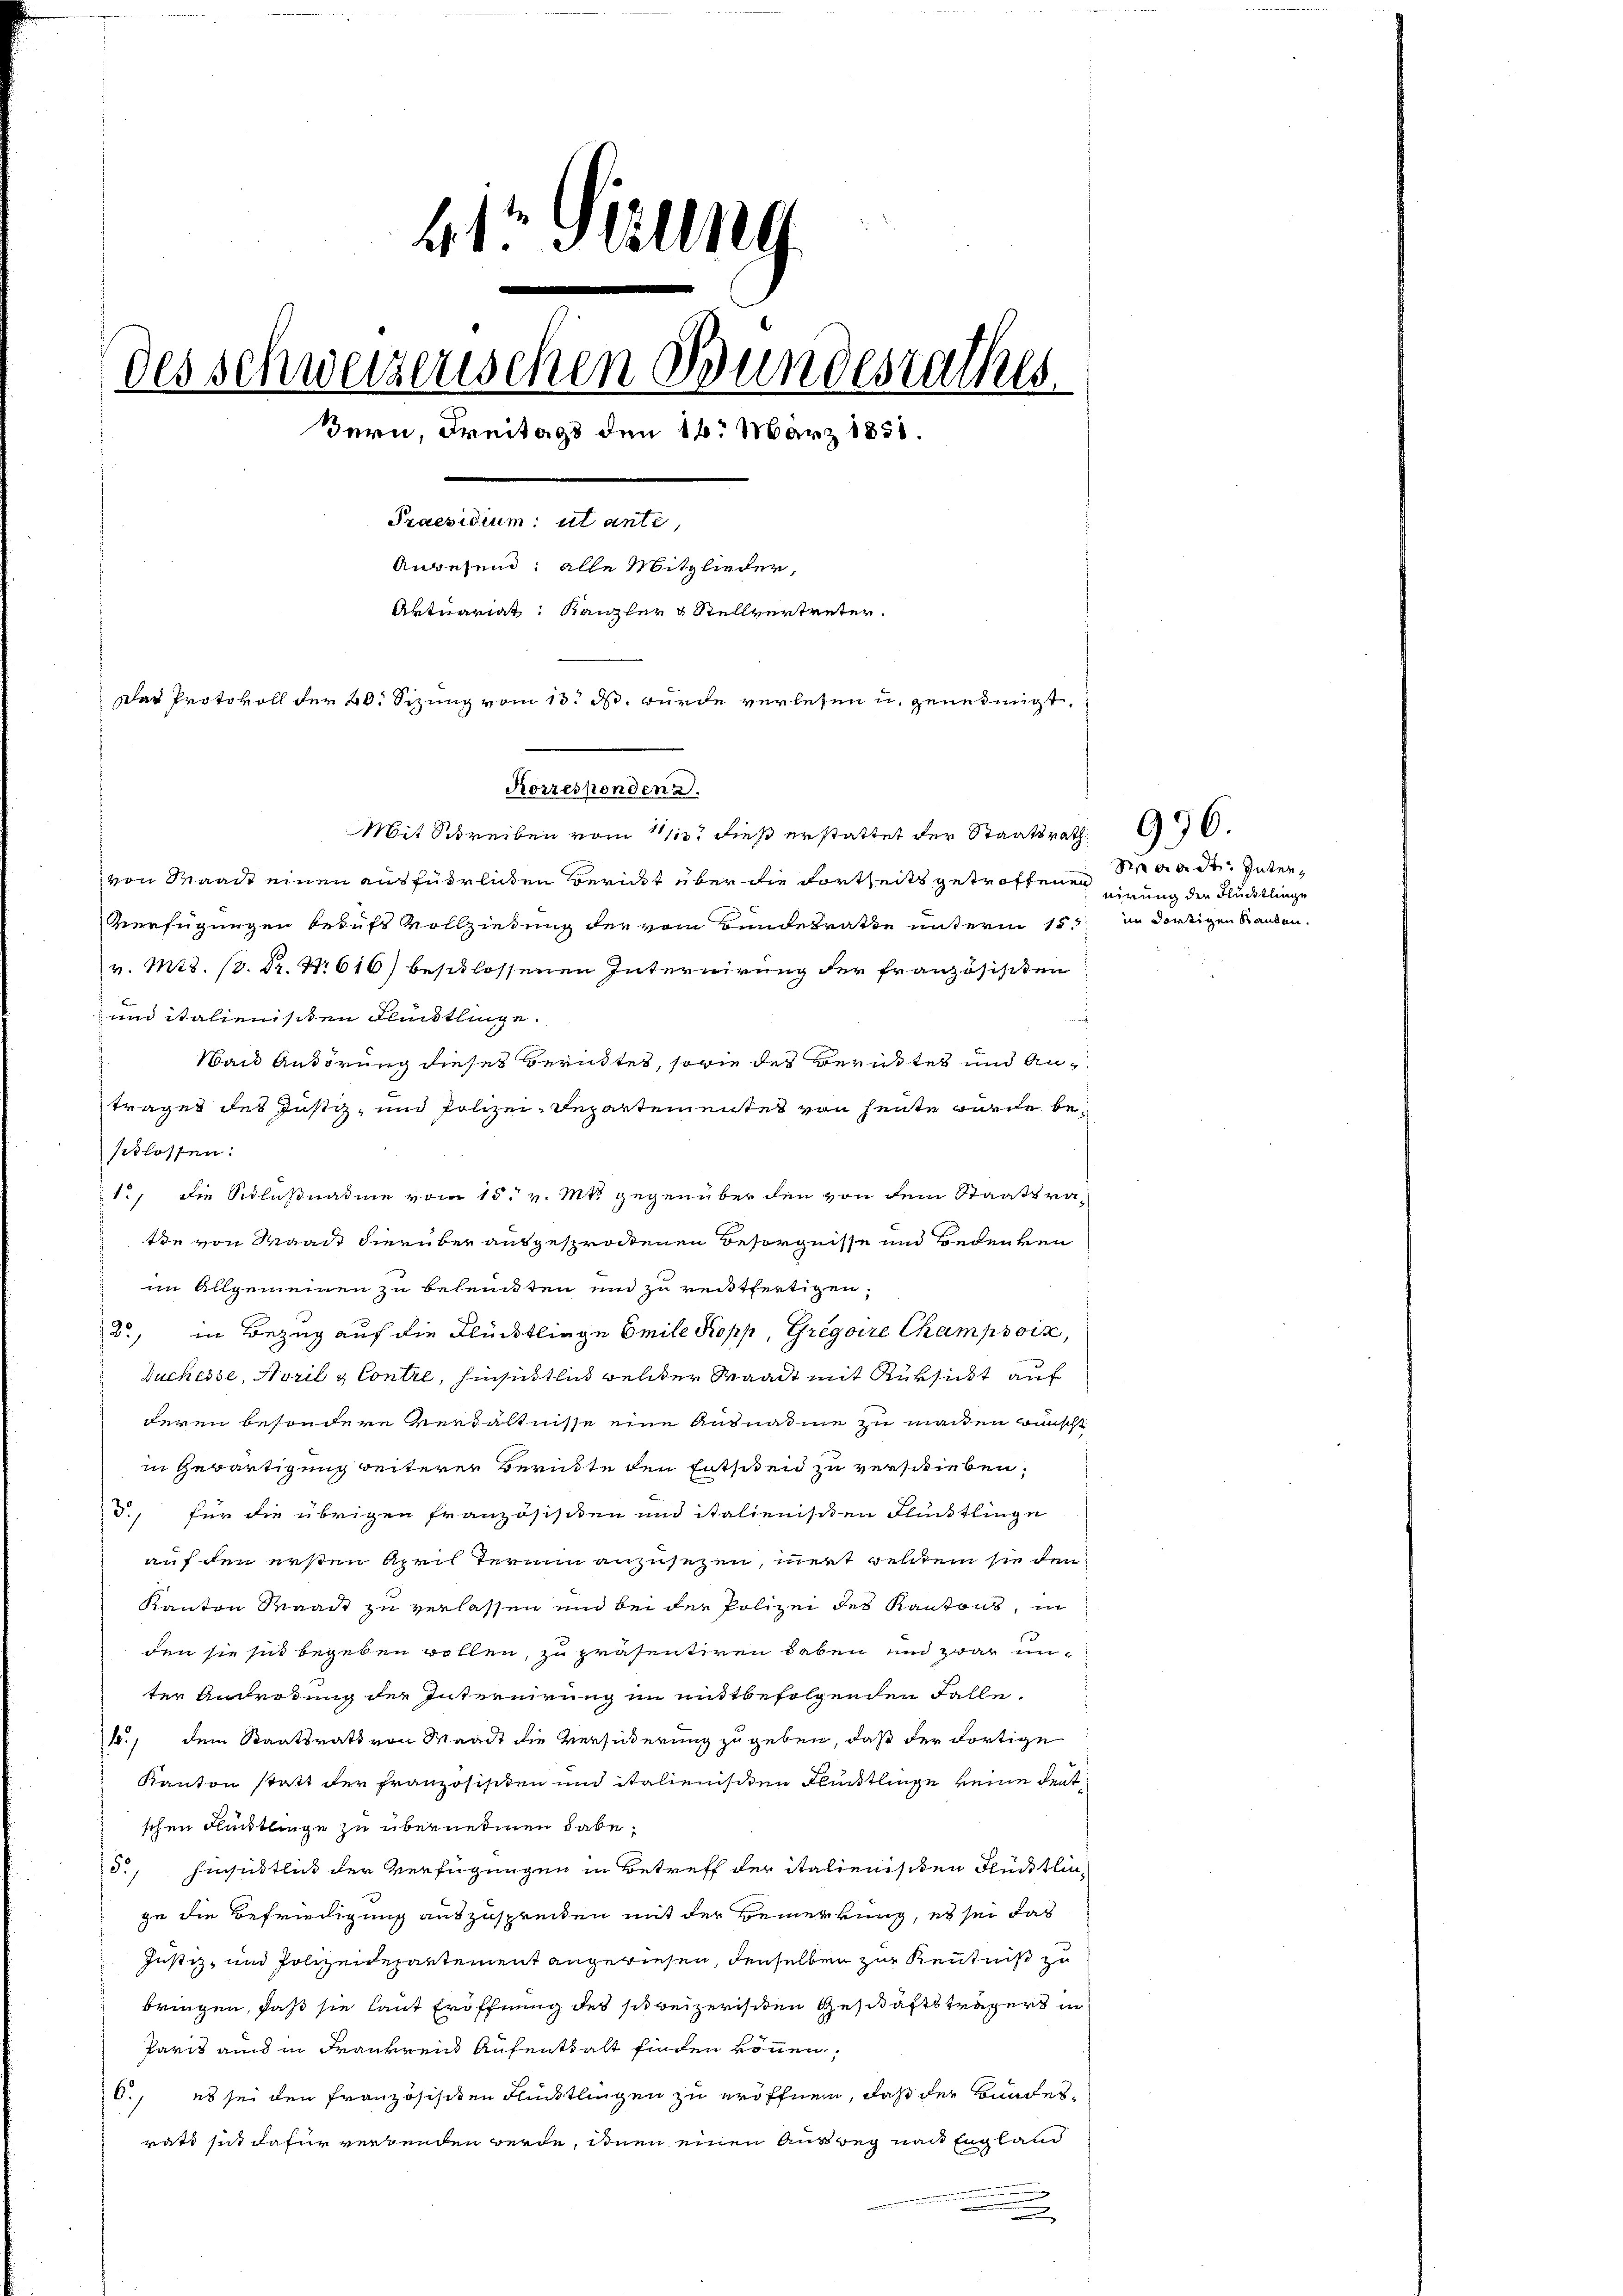
415 Millig
des schweizerischen Bundesrathes
Bern, Freitags den 16. März 1858.
Praesidium ut ante,
Angesend: alle Mitglieder,
Artuariat: Kanzler & Stellvertreter.
Das Protokoll der 20. Sizung vom 13. ds. wurde verlesen u. geneinigt,

Korresponden d.

Mit Schreiben vom 11/13. dieß erstattet der Staatsrath G.
von Waadt einen ausführlichen Bericht über die dortseits getroffenen
Verfügungen beaufs Vollziehung der vom Bundesrathe unterm 15. in dortigen Standen.
v. Mts. 13. Dr. Nr. 616) beschlossenen Interwirung der französischen
und italienischen Flüßtlinge.
Wand Anhörung dieses Berüktes, sowie des Berichtes und Antrages des Justiz- und Polizei-Departementes von heute wurde beschlossen.
1., die Schlußnahme vom 15. v. Mtt. gegenüber den von dem Staatsra-
tie von Waadt hierüber ausgesprochenen Besorgnisse und Bedenken
im Allgemeinen zu beleiten und zu reitfertigen,
2, in Bezug auf die Flücklinge Emile Kopp, Gregoire Champsoin,
Buchesse, April a Contre, hinsichtlich welcher Waadt mit Rüksicht auf
deren besondere Verhältnisse eine Ausnahme zu machen wünscht
in Gewärtigung weiterer Berükte den Entscheid zu verschieben,
S., für die übrigen Französischen und italienischen Flücktlinge
auf den ersten April Termin anzusetzen, innert welchem sie den
Kanton Waadt zu verlassen und bei der Polizei des Kantons, in
den sie sich begeben wollen, zu präsentiren haben und zwar unter Androhung der Internirung im mittbefolgenden Falle
4., dem Staatsrath von Waadt die Versierung zu geben, daß der dortige
Kanton statt der Franzosischen und italienischen Flüchtlinge keine deutschen Flüchtlinge zu übernehmen habe,
5., Einsichtlich der Verfügungen in Betreff der italienischen Flücktlic
ge die Befriedigung auszusprecken mit der Bemerkung, es sei das
Justiz, und Polizeidepartement angewiesen, denselben zur Kenntniß zu
bringen, daß sie laut Eröffnung des schweizerischen Geschäftsträgers in
Paris aus in Frankreis Aufenthalt finden können,
O., es sei den französisiten Flüchtlingen zu eröffnen, daß der Bundesrat sich dafür verbenden werde, inen einen Ausweg nach England
.

Waadt Interg
nirung der Flücklinge